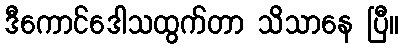
ဒီကောင်ဒေါသထွက်တာ သိသာနေ ပြီ။